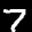
Label: 7